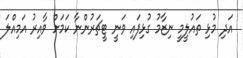
އަދި މުޅި ތައުލީމީ ނިޒާމު ގުޅިފައި ވަނީ ޓީޗަރުންނާ ކަމަށް ވާއިރު އަމިއްލަ